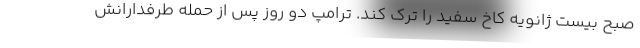
صبح بیست ژانویه کاخ سفید را ترک کند. ترامپ دو روز پس از حمله طرفدارانش